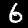
Label: 6